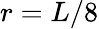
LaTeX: r=L/8